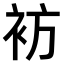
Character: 𫋳